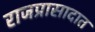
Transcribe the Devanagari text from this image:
राजप्रासादात